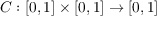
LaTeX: C : [ 0 , 1 ] \times [ 0 , 1 ] \rightarrow [ 0 , 1 ]